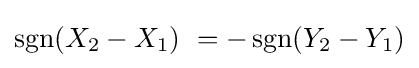
\operatorname {sgn}(X_{2}-X_{1})\ =-\operatorname {sgn}(Y_{2}-Y_{1})